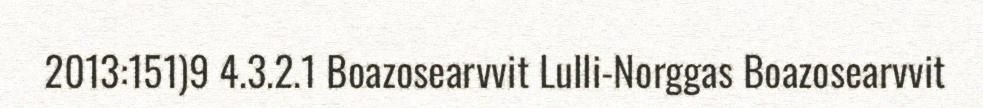
2013:151)9 4.3.2.1 Boazosearvvit Lulli-Norggas Boazosearvvit